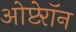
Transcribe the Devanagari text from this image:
ओप्टेरॉन